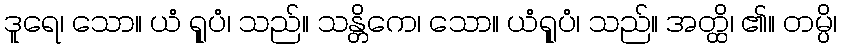
ဒူရေ၊ သော။ ယံ ရူုပံ၊ သည်။ သန္တိကေ၊ သော။ ယံရူုပံ၊ သည်။ အတ္ထိ၊ ၏။ တမ္ပိ၊